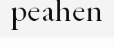
peahen